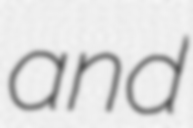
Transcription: and